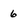
Character: 6